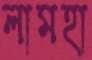
লামহা